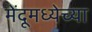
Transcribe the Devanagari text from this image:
मेंदूमध्येच्या